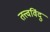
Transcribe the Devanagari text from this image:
तत्त्वविंदु